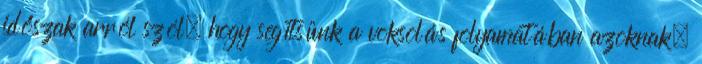
időszak arról szól, hogy segítsünk a voksolás folyamatában azoknak,